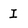
Character: I